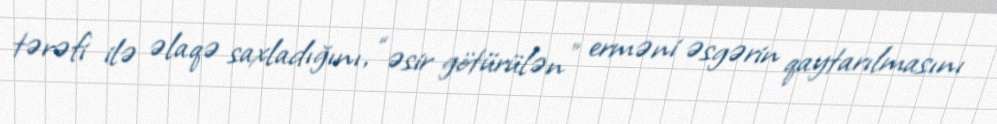
tərəfi ilə əlaqə saxladığını, “əsir götürülən” erməni əsgərin qaytarılmasını